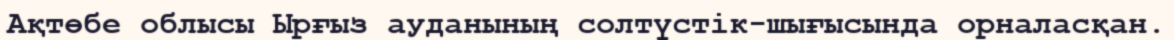
Ақтөбе облысы Ырғыз ауданының солтүстік-шығысында орналасқан.